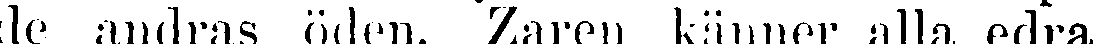
de andras öden. Zaren känner alla edra